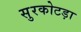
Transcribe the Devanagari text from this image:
सुरकोटड़ा